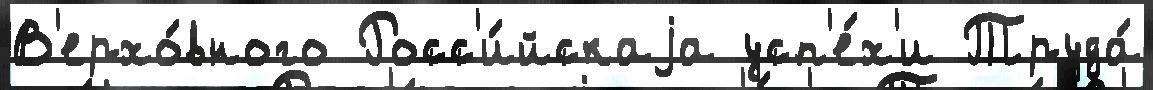
В'ерхо́вного Росс'и́йскаjа усп'е́х'и Труда́